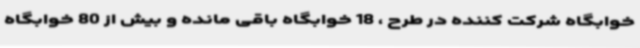
خوابگاه شرکت کننده در طرح ، 18 خوابگاه باقی مانده و بیش از 80 خوابگاه